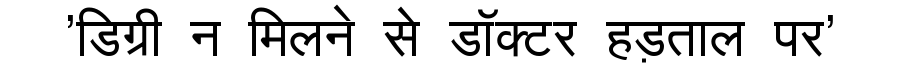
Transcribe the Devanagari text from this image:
'डिग्री न मिलने से डॉक्टर हड़ताल पर'